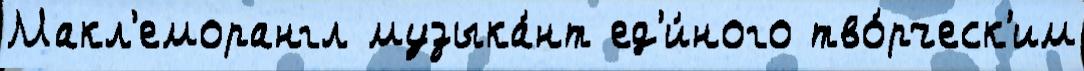
Макл'еморангл музыка́нт ед'и́ного тво́рческ'им